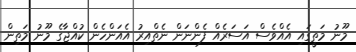
މޫނު މަތީގައި އެއްވެސް އަސަރެއް ފެންނަން ނެތްއިރު އެއަންހެން ކުއްޖާގެ މޫނު މަތިން